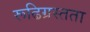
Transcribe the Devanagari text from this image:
रूढिग्रस्तता